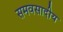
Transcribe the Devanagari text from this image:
समवसादीय